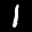
Label: 1